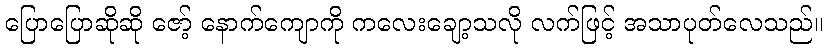
ပြောပြောဆိုဆို ဇော့် နောက်ကျောကို ကလေးချော့သလို လက်ဖြင့် အသာပုတ်လေသည်။